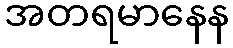
အတရမာနေန